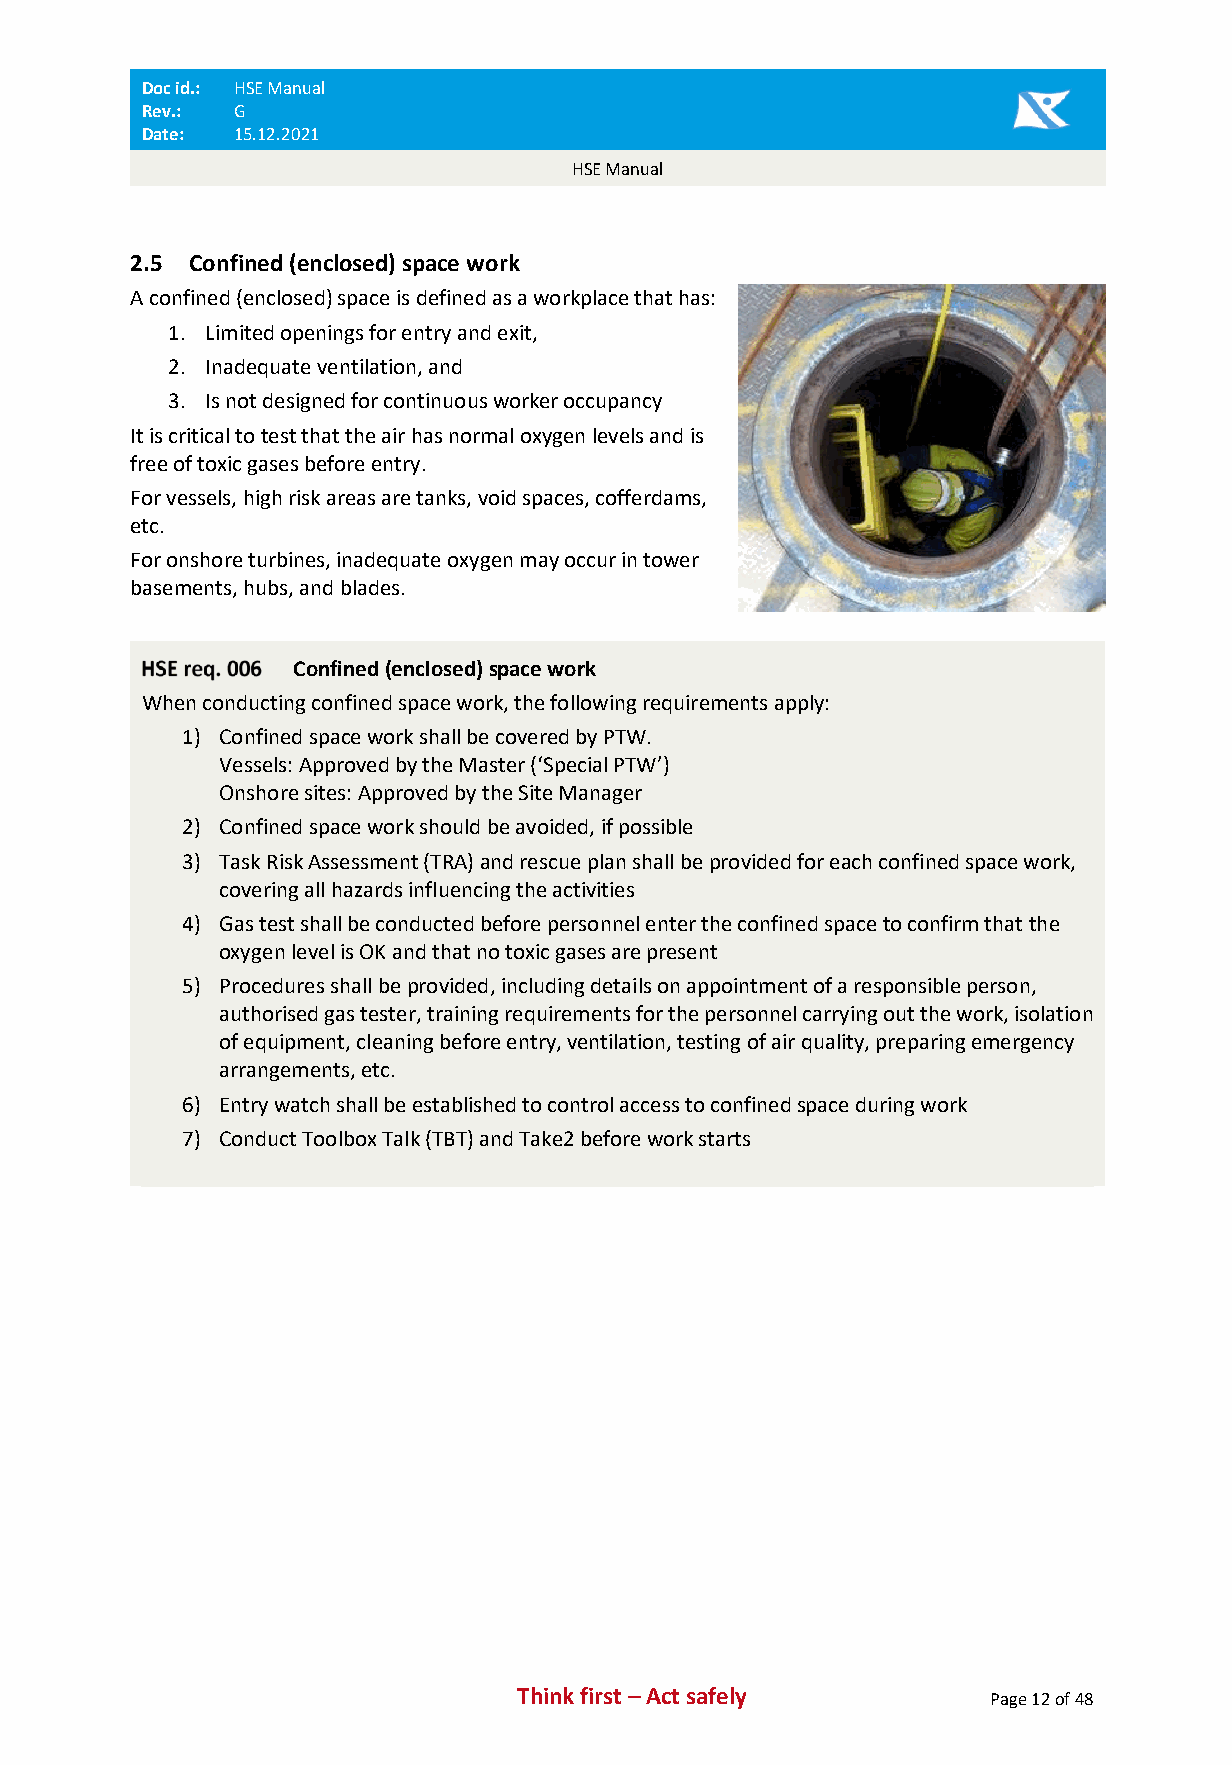
Doc id.: HSE Manual
 Rev.: G
 Date: 15.12.2021
 HSE Manual
 2.5 Confined (enclosed) space work
 A confined (enclosed) space is defined as a workplace that has:
 1. Limited openings for entry and exit,
 2. Inadequate ventilation, and
 3. Is not designed for continuous worker occupancy
 It is critical to test that the air has normal oxygen levels and is
 free of toxic gases before entry.
 For vessels, high risk areas are tanks, void spaces, cofferdams,
 etc.
 For onshore turbines, inadequate oxygen may occur in tower
 basements, hubs, and blades.
 Confined (enclosed) space work
 When conducting confined space work, the following requirements apply:
 1) Confined space work shall be covered by PTW.
 Vessels: Approved by the Master (‘Special PTW’)
 Onshore sites: Approved by the Site Manager
 2) Confined space work should be avoided, if possible
 3) Task Risk Assessment (TRA) and rescue plan shall be provided for each confined space work,
 covering all hazards influencing the activities
 4) Gas test shall be conducted before personnel enter the confined space to confirm that the
 oxygen level is OK and that no toxic gases are present
 5) Procedures shall be provided, including details on appointment of a responsible person,
 authorised gas tester, training requirements for the personnel carrying out the work, isolation
 of equipment, cleaning before entry, ventilation, testing of air quality, preparing emergency
 arrangements, etc.
 6) Entry watch shall be established to control access to confined space during work
 7) Conduct Toolbox Talk (TBT) and Take2 before work starts
 Think first – Act safely       Page 12 of 48